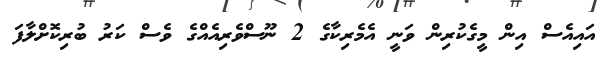
އައިއެސް އިން މީގެކުރިން ވަނީ އެމެރިކާގެ 2 ނޫސްވެރިއެއްގެ ވެސް ކަރު ބުރިކޮށްލާފަ